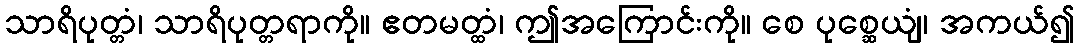
သာရိပုတ္တံ၊ သာရိပုတ္တရာကို။ ဧတမတ္ထံ၊ ဤအကြောင်းကို။ စေ ပုစ္ဆေယျံ၊ အကယ်၍